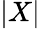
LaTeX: |X|